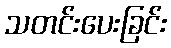
သတင်းပေးခြင်း